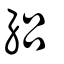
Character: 絽